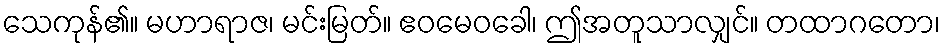
သေကုန်၏။ မဟာရာဇ၊ မင်းမြတ်။ ဧဝမေဝခေါ၊ ဤအတူသာလျှင်။ တထာဂတော၊